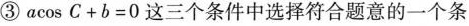
③αcos C+b=0这三个条件中选择符合题意的一个条